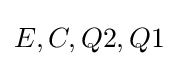
E,C,Q2,Q1